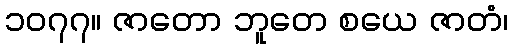
၁၀၇၇။ ဇာတော ဘူတေ စယေ ဇာတံ၊